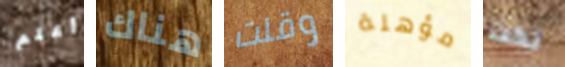
أعلم هناك وقلت مؤهلة نكت